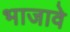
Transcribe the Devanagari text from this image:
भाजावे